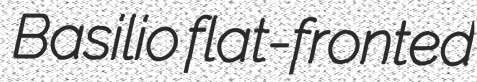
Basilio flat-fronted